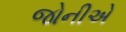
જોનીએ